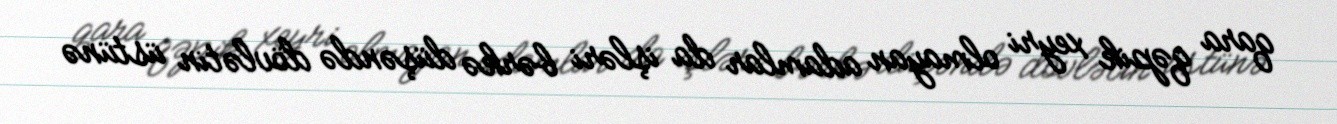
qara qəpik xeyri olmayan adamlar da işləri bərkə düşəndə dövlətin üstünə